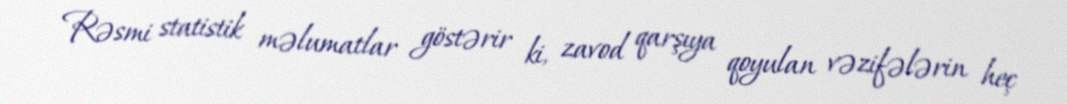
Rəsmi statistik məlumatlar göstərir ki, zavod qarşıya qoyulan vəzifələrin heç